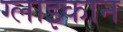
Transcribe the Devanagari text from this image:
ग्लाइकान